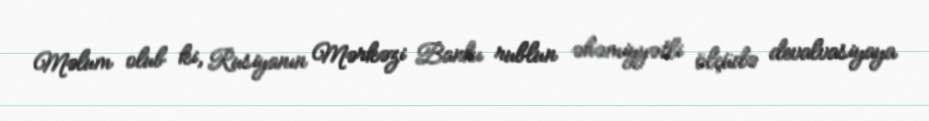
Məlum olub ki, Rusiyanın Mərkəzi Bankı rublun əhəmiyyətli ölçüdə devalvasiyaya